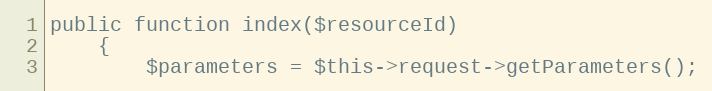
Language: PHP
public function index($resourceId)
    {
        $parameters = $this->request->getParameters();